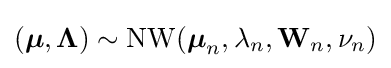
({\boldsymbol {\mu }},{\boldsymbol {\Lambda }})\sim \mathrm {NW} ({\boldsymbol {\mu }}_{n},\lambda _{n},\mathbf {W} _{n},\nu _{n})